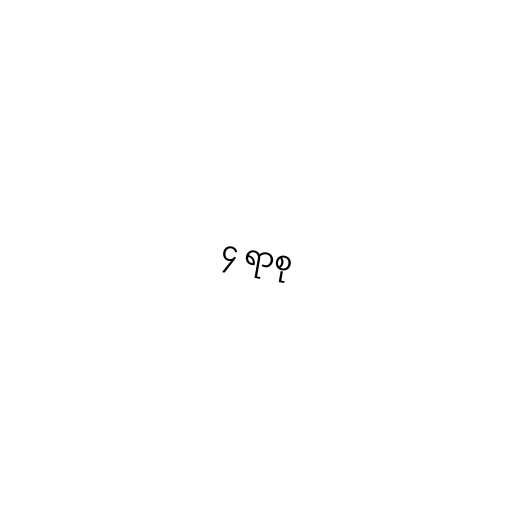
၄ ရာစု